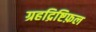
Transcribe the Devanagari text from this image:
ग्रहद्रिष्टिफ़ल